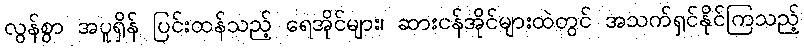
လွန်စွာ အပူရှိန် ပြင်းထန်သည့် ရေအိုင်များ၊ ဆားငန်အိုင်များထဲတွင် အသက်ရှင်နိုင်ကြသည့်